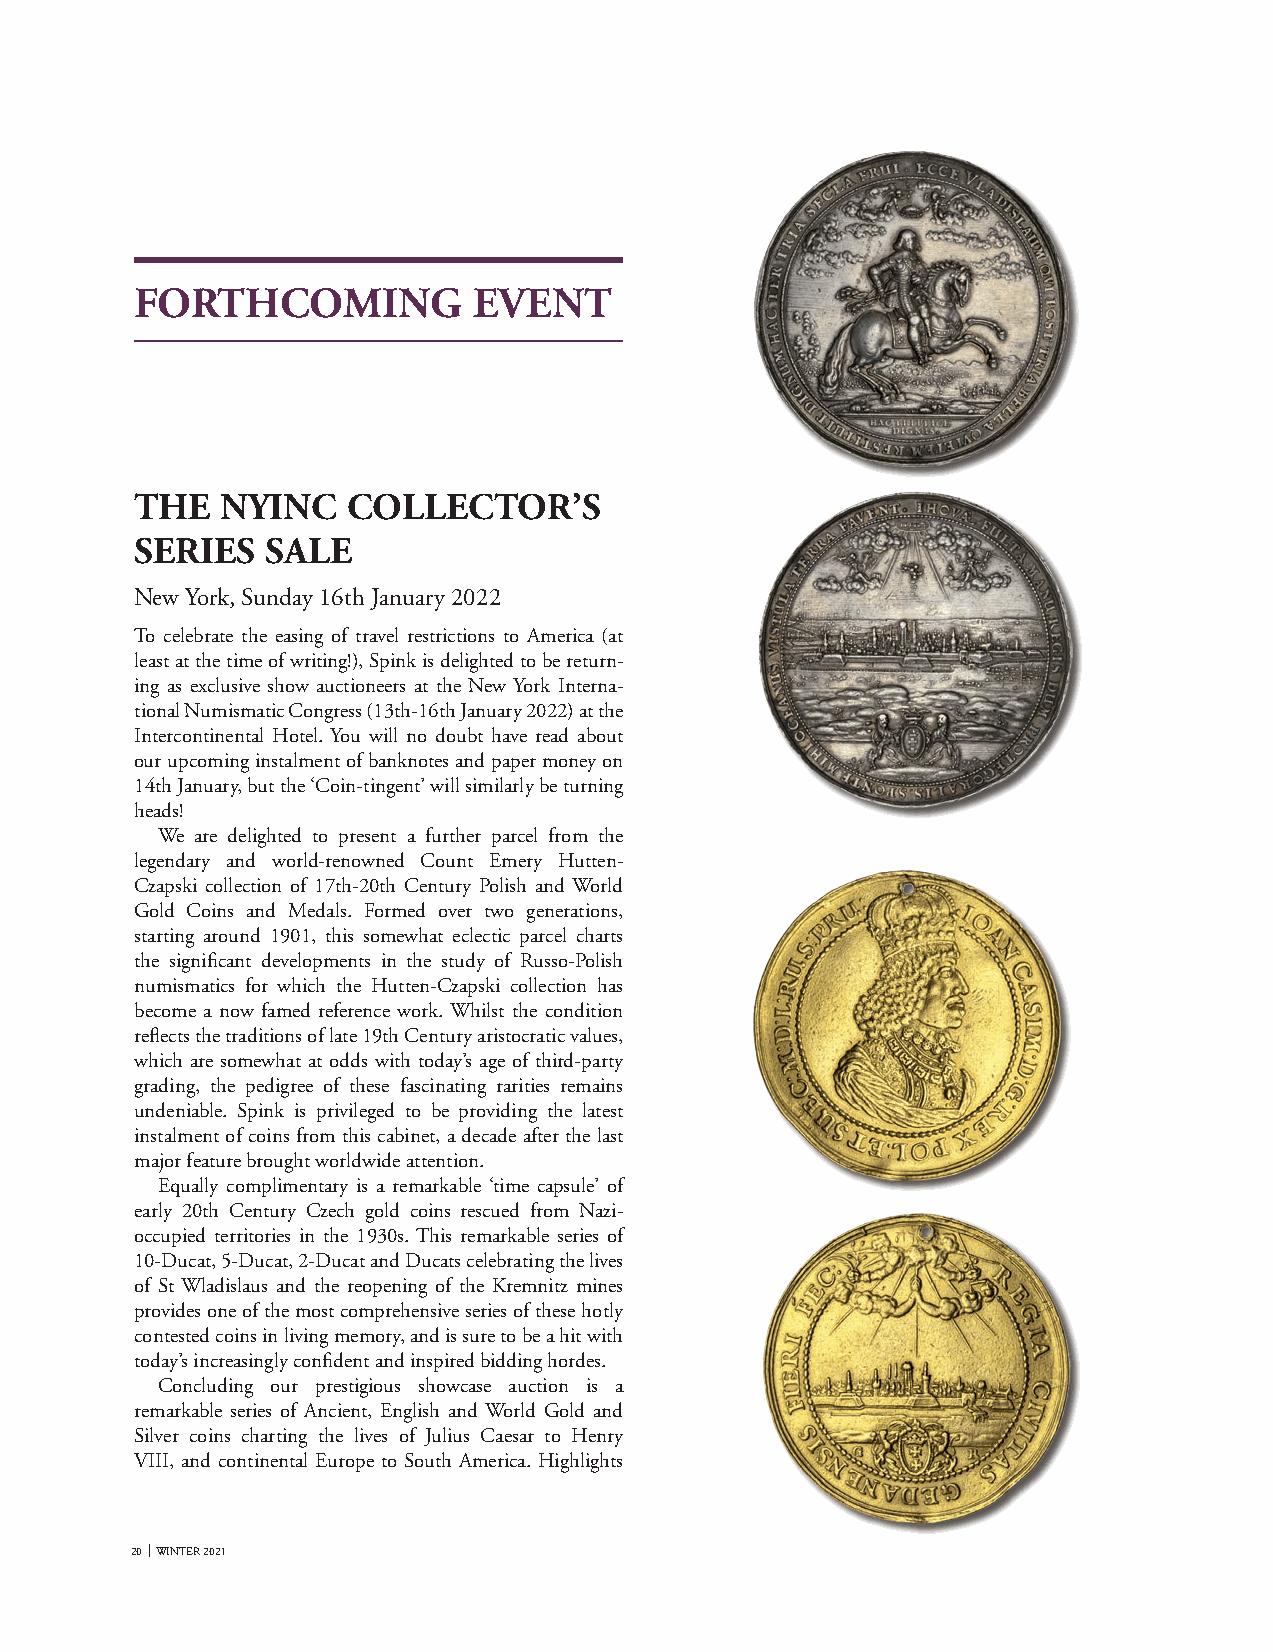
FORTHCOMING           EVENT
 THE   NYINC   COLLECTOR’S
 SERIES   SALE
 New York, Sunday 16th January 2022
 To celebrate the easing of travel restrictions to America (at
 least at the time of writing!), Spink is delighted to be return-
 ing as exclusive show auctioneers at the New York Interna-
 tional Numismatic Congress (13th-16th January 2022) at the
 Intercontinental Hotel. You will no doubt have read about
 our upcoming instalment of banknotes and paper money on
 14th January, but the ‘Coin-tingent’ will similarly be turning
 heads!
 We are delighted to present a further parcel from the
 legendary and world-renowned Count Emery Hutten-
 Czapski collection of 17th-20th Century Polish and World
 Gold Coins and Medals. Formed over two generations,
 starting around 1901, this somewhat eclectic parcel charts
 the significant developments in the study of Russo-Polish
 numismatics for which the Hutten-Czapski collection has
 become a now famed reference work. Whilst the condition
 reflects the traditions of late 19th Century aristocratic values,
 which are somewhat at odds with today’s age of third-party
 grading, the pedigree of these fascinating rarities remains
 undeniable. Spink is privileged to be providing the latest
 instalment of coins from this cabinet, a decade after the last
 major feature brought worldwide attention.
 Equally complimentary is a remarkable ‘time capsule’ of
 early 20th Century Czech gold coins rescued from Nazi-
 occupied territories in the 1930s. This remarkable series of
 10-Ducat, 5-Ducat, 2-Ducat and Ducats celebrating the lives
 of St Wladislaus and the reopening of the Kremnitz mines
 provides one of the most comprehensive series of these hotly
 contested coins in living memory, and is sure to be a hit with
 today’s increasingly confident and inspired bidding hordes.
 Concluding our prestigious showcase auction is a
 remarkable series of Ancient, English and World Gold and
 Silver coins charting the lives of Julius Caesar to Henry
 VIII, and continental Europe to South America. Highlights
 20 WINTER 2021